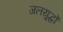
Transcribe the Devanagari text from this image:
जलयुद्धों